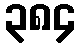
၃၈၄